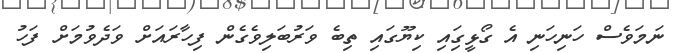
ނަމަވެސް ހަނިހަނި އެ ގޯޅީގަިއި ކިޔޫގައި ތިބެ ވަރުބަލިވެގެން ފިހާރައަށް ވަދެވުމަށް ފަހު